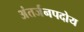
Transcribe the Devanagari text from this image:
अंतर्जनपदोय